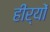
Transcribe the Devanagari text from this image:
हीर्यों